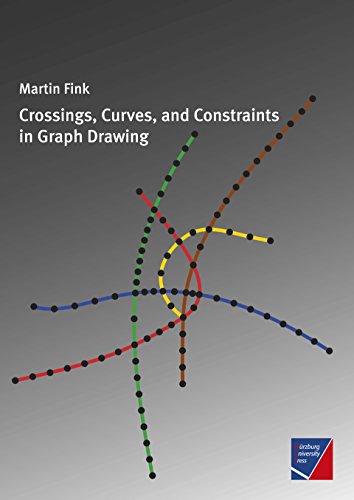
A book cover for Crossings, Curves, and Constraints in Graph Drawing; Martin Fink; Computers & Technology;